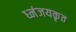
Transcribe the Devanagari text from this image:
ध्नंजयकृत